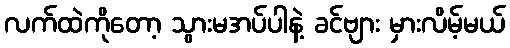
လက်ထဲကိုတော့ သွားမအပ်ပါနဲ့ ခင်ဗျား မှားလိမ့်မယ်